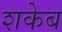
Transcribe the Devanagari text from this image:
शकेब